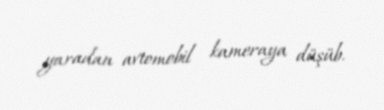
yaradan avtomobil kameraya düşüb.